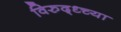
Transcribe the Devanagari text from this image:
विरुद्ध्च्या